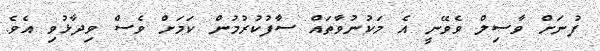
ފުނަށް ވާސިލް ވެވޭނީ އެ މަކުނުވާތައް ސާފުކުރުމުން ކަމަށް ވެސް ވިދާޅުވި އެވެ.